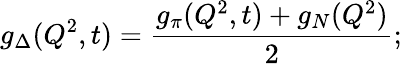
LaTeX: g_{\Delta}(Q^{2},t)=\frac{g_{\pi}(Q^{2},t)+g_{N}(Q^{2})}{2};